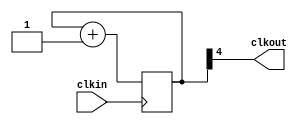
module clkdiv32(
    input clkin,
    output clkout,
);
    reg [4:0] counter = 0;

    always @ (posedge clkin)
        counter <= counter + 1;

    assign clkout = counter[4];
    
endmodule